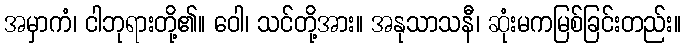
အမှာကံ၊ ငါဘုရားတို့၏။ ဝေါ၊ သင်တို့အား။ အနုသာသနီ၊ ဆုံးမကမြစ်ခြင်းတည်း။